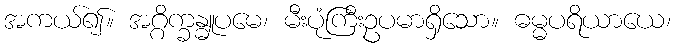
အကယ်၍။ အဂ္ဂိက္ခန္ဓူပမေ၊ မီးပုံကြီးဥပမာရှိသော။ ဓမ္မပရိယာယေ၊